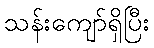
သန်းကျော်ရှိပြီး